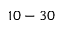
1 0 - 3 0